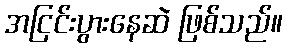
အငြင်းပွားနေဆဲ ဖြစ်သည်။